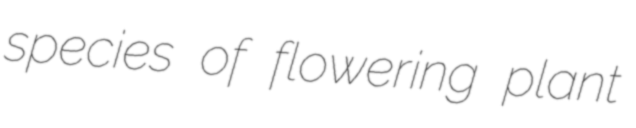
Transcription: species of flowering plant